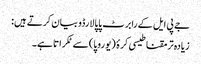
جے پی ایل کے رابرٹ پاپالارڈو بیان کرتے ہیں:
زیادہ تر مقناطیسی کرۂ (یوروپا) سے ٹکراتا ہے۔